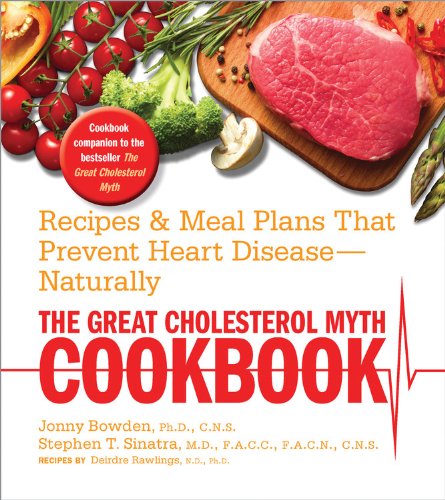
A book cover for The Great Cholesterol Myth Cookbook: Recipes and Meal Plans That Prevent Heart Disease--Naturally; Jonny Bowden Ph.D.  C.N.S.; Cookbooks, Food & Wine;